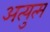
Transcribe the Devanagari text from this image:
अत्युत्म